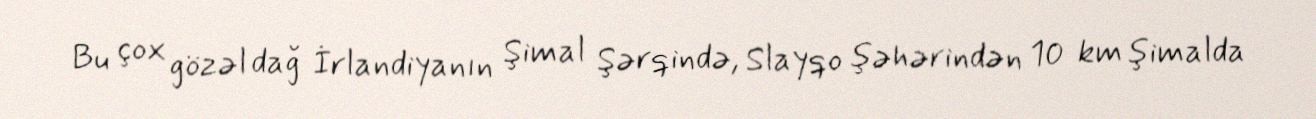
Bu çox gözəl dağ İrlandiyanın Şimal Şərqində, Slayqo şəhərindən 10 km şimalda